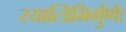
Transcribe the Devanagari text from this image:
स्यात्त्रिभिर्गुणैः